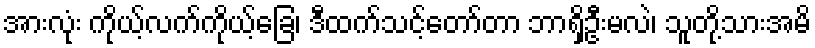
အားလုံး ကိုယ့်လက်ကိုယ့်ခြေ၊ ဒီထက်သင့်တော်တာ ဘာရှိဦးမလဲ၊ သူတို့သားအမိ